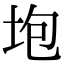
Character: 垉